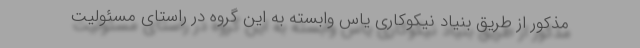
مذکور از طریق بنیاد نیکوکاری یاس وابسته به این گروه در راستای مسئولیت